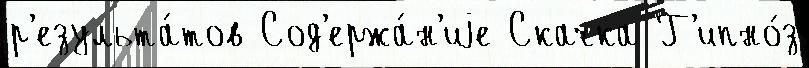
р'езульта́тов Сод'ержа́н'иjе Скачка Г'ипно́з